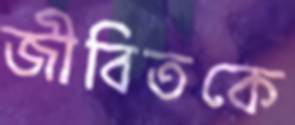
জীবিতকে